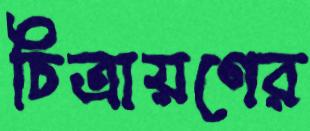
চিত্রায়ণের